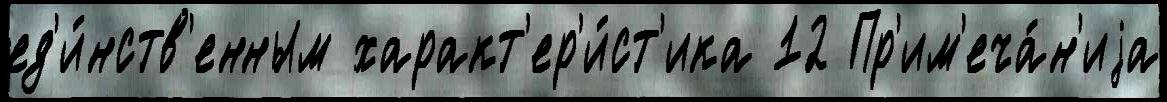
ед'и́нств'енным характ'ер'и́ст'ика 12 Пр'им'еча́н'иjа